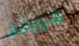
فورنيل